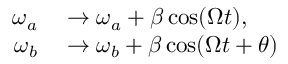
\begin{array} { r l } { \omega _ { a } } & { { } \rightarrow \omega _ { a } + \beta \cos ( \Omega t ) , } \\ { \omega _ { b } } & { { } \rightarrow \omega _ { b } + \beta \cos ( \Omega t + \theta ) } \end{array}